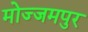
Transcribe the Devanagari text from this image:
मोज्जमपुर